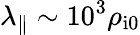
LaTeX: \lambda_{\parallel}\sim 10^{3}\rho_{\mathrm{i0}}